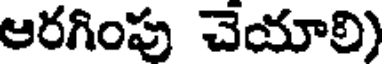
ఆరగింపు చేయాలి)